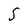
Character: S